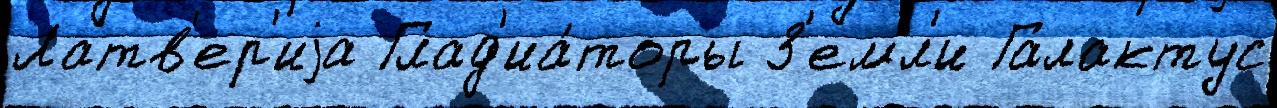
Латв'ер'иjа Глад'иа́торы З'емл'и Галактус